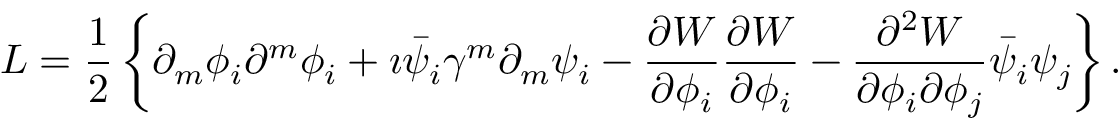
{ \cal L } = \frac { 1 } { 2 } \left\{ \partial _ { m } \phi _ { i } \partial ^ { m } \phi _ { i } + \imath \bar { \psi } _ { i } \gamma ^ { m } \partial _ { m } \psi _ { i } - \frac { \partial { \cal W } } { \partial \phi _ { i } } \frac { \partial { \cal W } } { \partial \phi _ { i } } - \frac { \partial ^ { 2 } { \cal W } } { \partial \phi _ { i } \partial \phi _ { j } } \bar { \psi } _ { i } \psi _ { j } \right\} .